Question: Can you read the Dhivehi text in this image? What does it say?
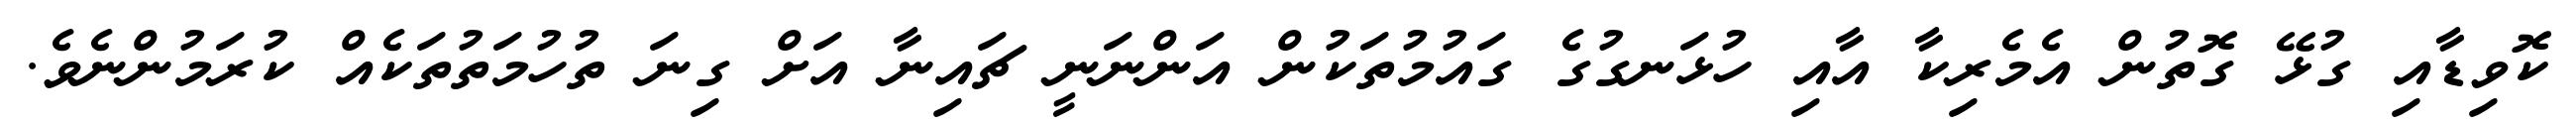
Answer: ކޮވިޑާއި ގުޅޭ ގޮތުން އެމެރިކާ އާއި ހުޅަނގުގެ ގައުމުތަކުން އަންނަނީ ޗައިނާ އަށް ގިނަ ތުހުމަތުތަކެއް ކުރަމުންނެވެ.